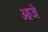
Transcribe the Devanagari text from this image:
ओजे